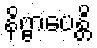
နိဗ္ဗာပေန္တိ